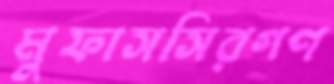
মুফাসসিরগণ